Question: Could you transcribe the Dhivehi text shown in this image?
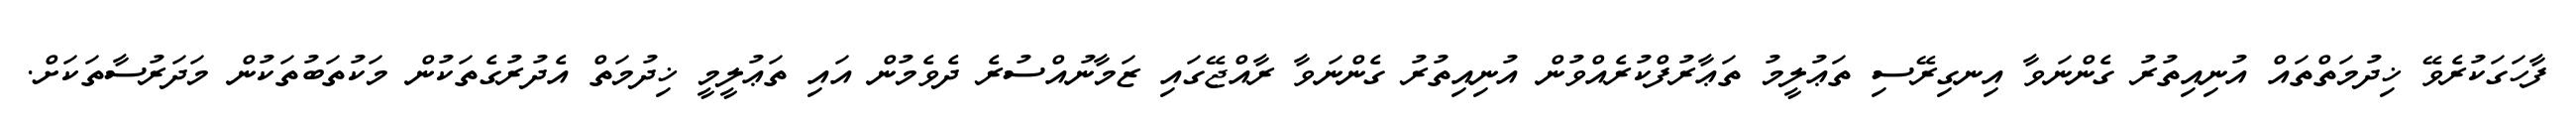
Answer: ފާހަގަކުރެވޭ ޚިދުމަތްތައް އުނިއިތުރު ގެންނަވާ އިނގިރޭސި ތަޢުލީމު ތަޢާރުފްކުރެއްވުން އުނިއިތުރު ގެންނަވާ ރާއްޖޭގައި ޒަމާނުއްސުރެ ދެވެމުން އައި ތަޢުލީމީ ޚިދުމަތް އެދުރުގެތަކުން މަކުތަބުތަކުން މަދަރުސާތަކަށް.